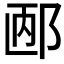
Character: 𲆐